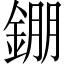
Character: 錋